Plague in India, 1896, 1897 - Volume 1
Year: 1896
Disease focus: Plague
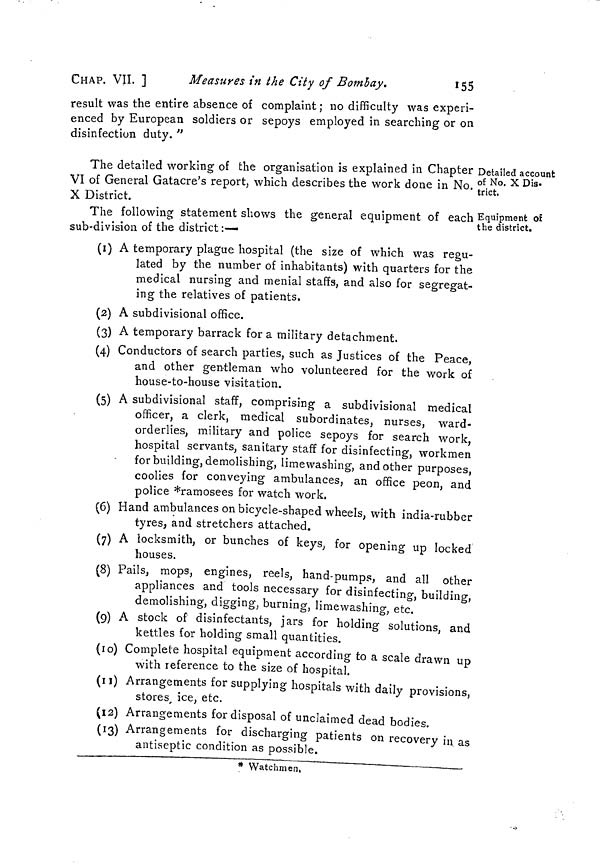
CHAP. VIL ]
Measures in the City of Bombay.
155
result was the entire absence of complaint ; no difficulty was experi-
enced by European soldiers or sepoys employed in searching or on
disinfection duty. "
Detailed account
of No. X Dis-
trict.
The detailed working of the organisation is explained in Chapter
VI of General Gatacre's report, which describes the work done in No.
X District.
Equipment of
the district.
The following statement shows the general equipment of each
sub-division of the district:—
(1) A temporary plague hospital (the size of which was regu-
lated by the number of inhabitants) with quarters for the
medical nursing and menial staffs, and also for segregat-
ing the relatives of patients.
(2) A subdivisional office.
(3) A temporary barrack for a military detachment.
(4) Conductors of search parties, such as Justices of the Peace,
and other gentleman who volunteered for the work of
house-to-house visitation.
(5) A subdivisional staff, comprising a subdivisional medical
officer, a clerk, medical subordinates, nurses, ward-
orderlies, military and police sepoys for search work,
hospital servants, sanitary staff for disinfecting, workmen
for building, demolishing, lime washing, and other purposes,
coolies for conveying ambulances, an office peon, and
police *ramosees for watch work.
(6) Hand ambulances on bicycle-shaped wheels, with india-rubber
tyres, and stretchers attached.
(7) A locksmith, or bunches of keys, for opening up locked
houses.
(8) Pails, mops, engines, reels, hand-pumps, and all other
appliances and tools necessary for disinfecting, building,
demolishing, digging, burning, limewashing, etc.
(9) A stock of disinfectants, jars for holding solutions, and
kettles for holding small quantities.
(10) Complete hospital equipment according to a scale drawn up
with reference to the size of hospital.
(11) Arrangements for supplying hospitals with daily provisions,
stores, ice, etc.
(12) Arrangements for disposal of unclaimed dead bodies.
(13) Arrangements for discharging patients on recovery in as
antiseptic condition as possible.
* Watchmen,